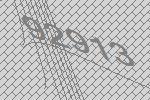
92913